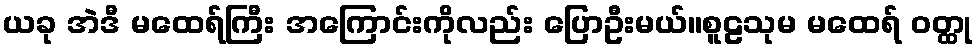
ယခု အဲဒီ မထေရ်ကြီး အကြောင်းကိုလည်း ပြောဦးမယ်။စူဠသုမ မထေရ် ဝတ္ထု